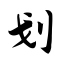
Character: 划